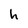
Character: h